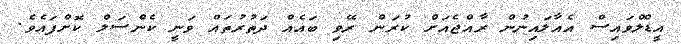
އީޑްލްވައިސް އެއާލައިނުން ރާއްޖެއަށް ކުރަން ރޭވި ބައެއް ދަތުރުތައް ވަނީ ކެންސަލް ކޮށްފައެވެ.